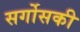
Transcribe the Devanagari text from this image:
सर्गोसकी